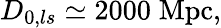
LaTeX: D_{0,ls}\simeq 2000\; \mathrm{Mpc},